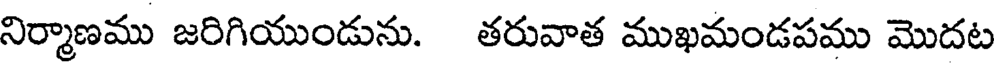
నిర్మాణము జరిగియుండును. తరువాత ముఖమండపము మొదట